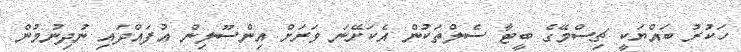
ހަކުރު ބައްޔަކީ ޗިސްމޭގެ ބީޓާ ސެލްތަކުން އެކަށޭނަ ވަރަށް އިންސޫލިން އުފައްދައި ނުދިނުމުން